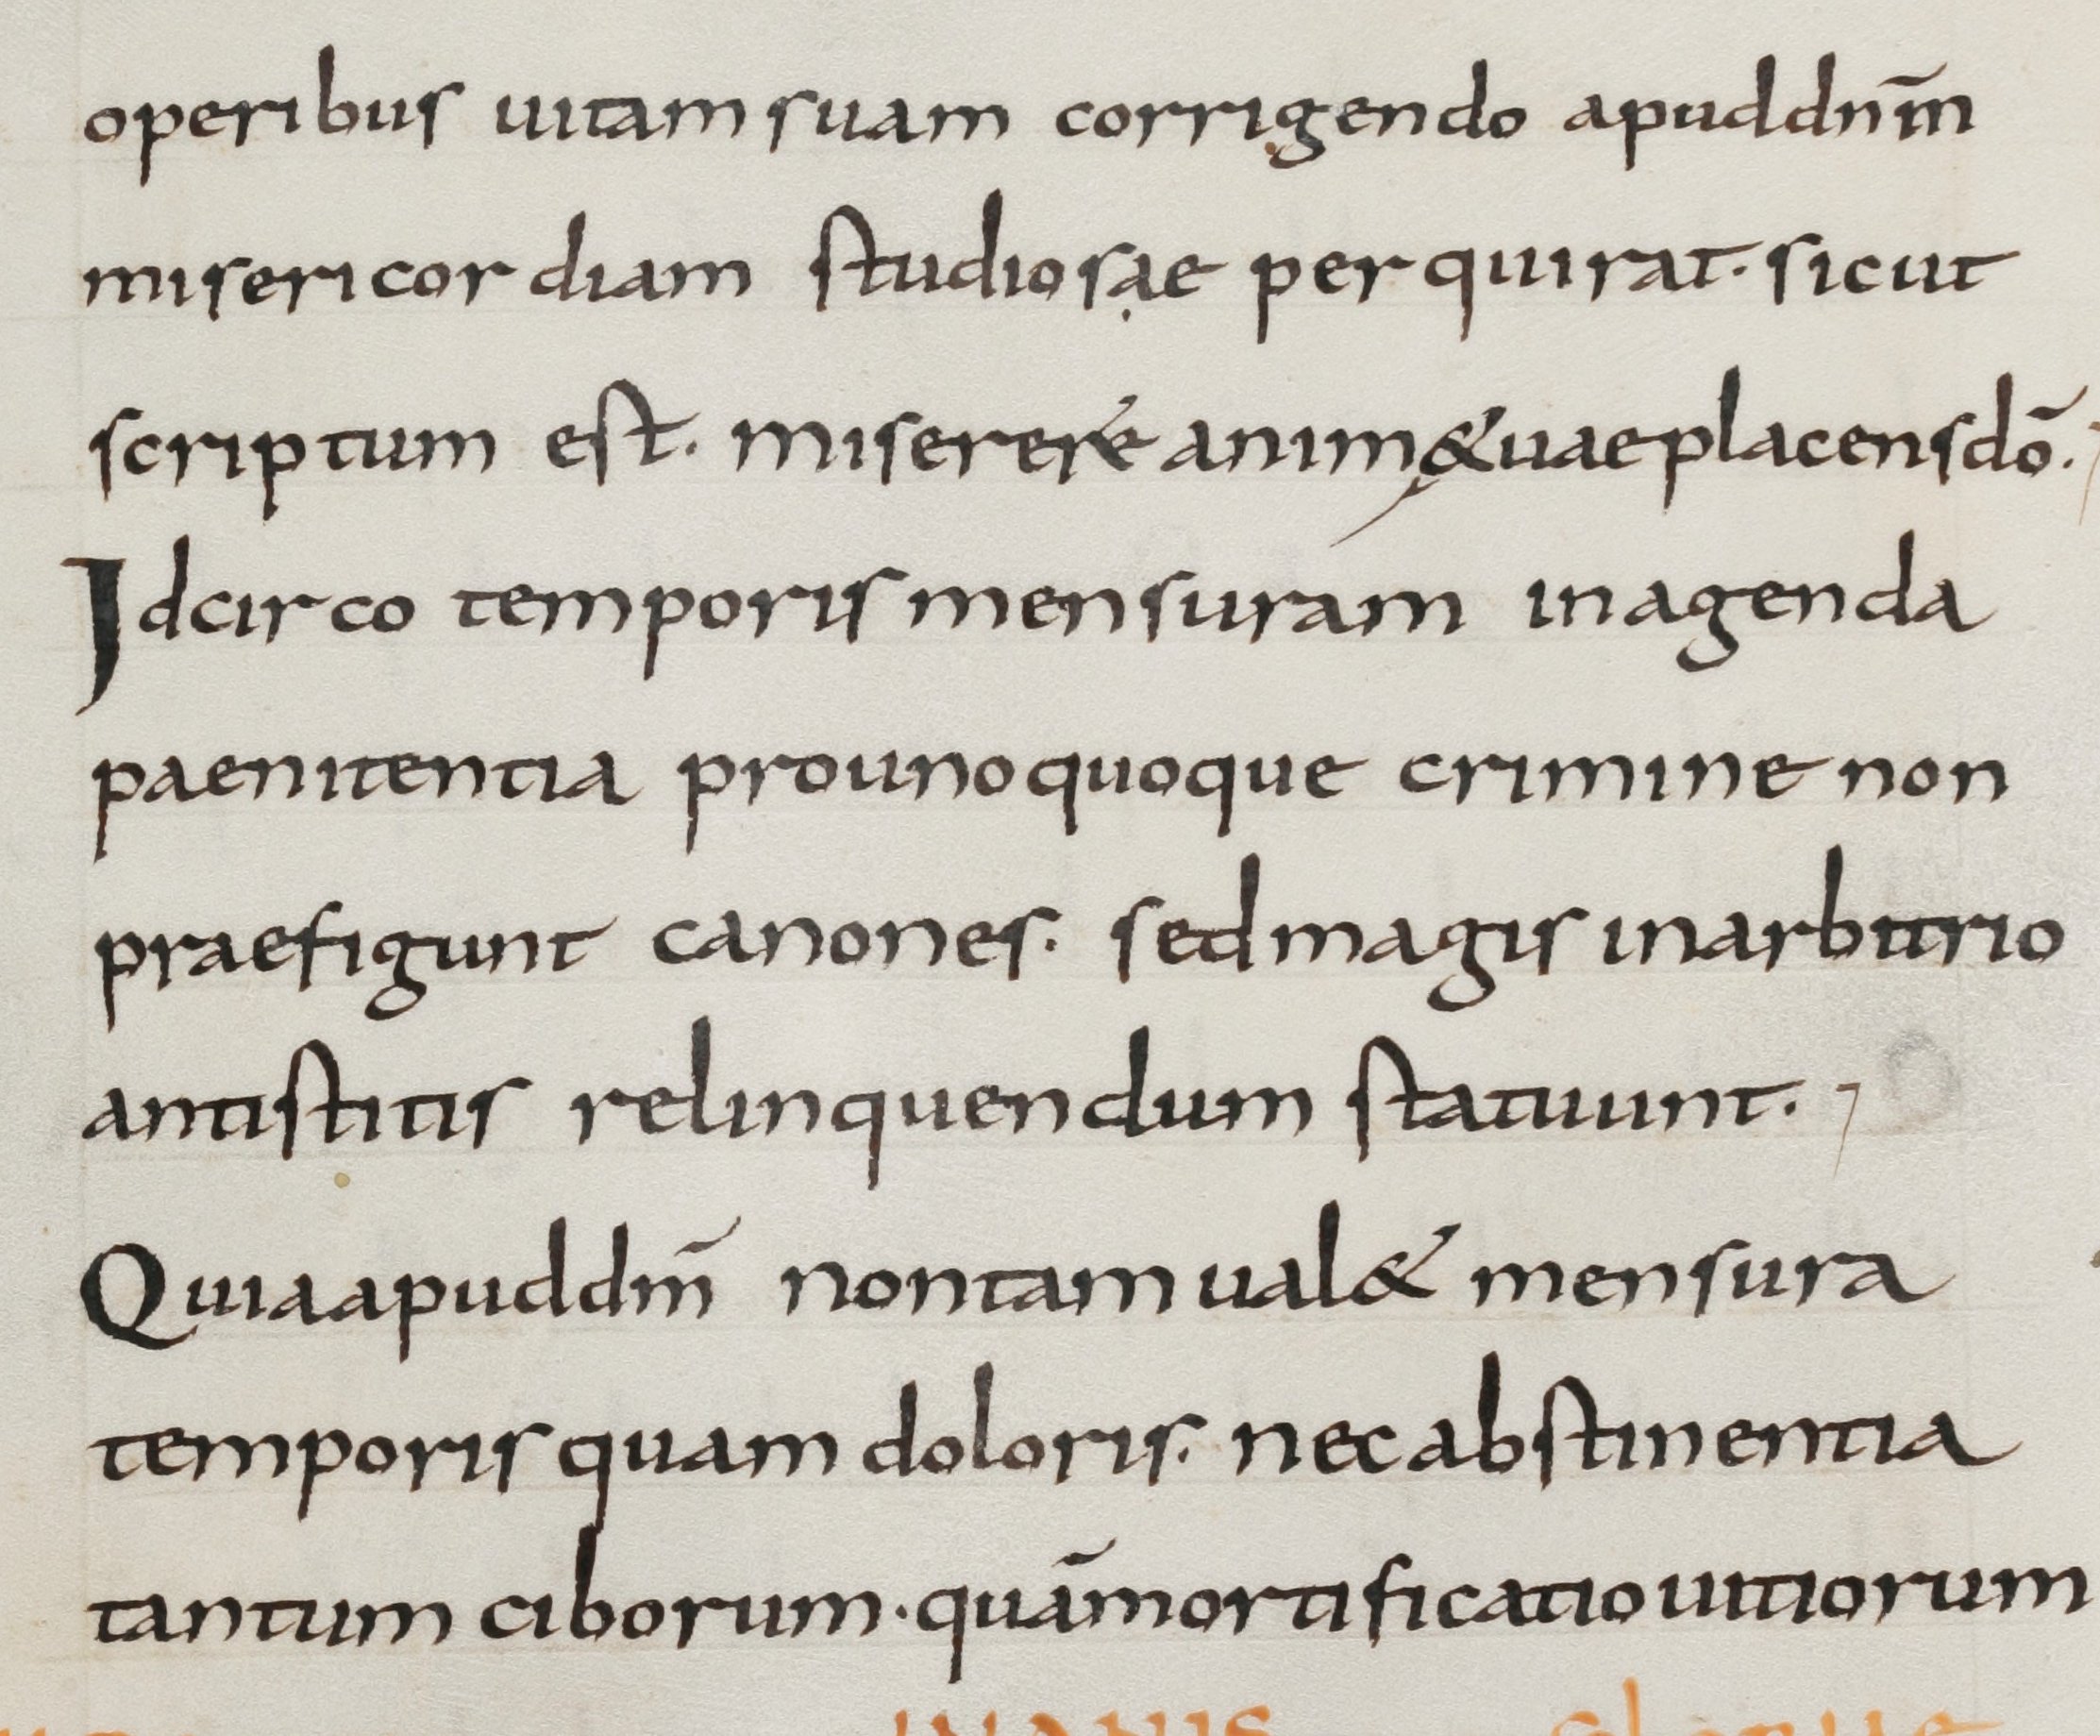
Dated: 800–899